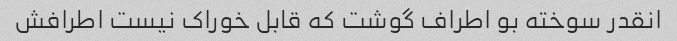
انقدر سوخته بو اطراف گوشت که قابل خوراک نیست اطرافش